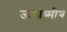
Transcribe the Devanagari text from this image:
जीवाष्मीय